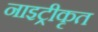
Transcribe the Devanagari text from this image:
नाइट्रीकृत